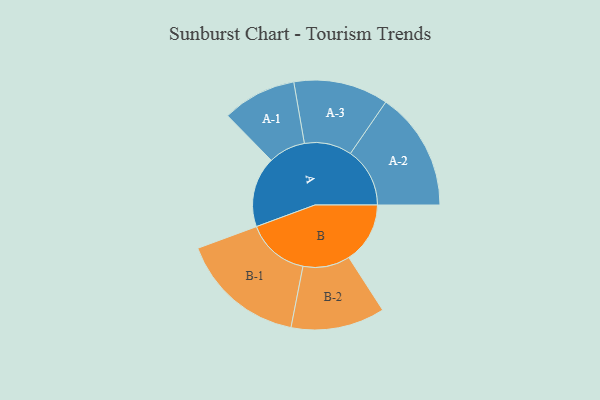
{"axis": {"x": "Segment", "y": "Value"}, "legend": ["", "A", "B"], "data": [{"x": "A", "y": 312, "type": ""}, {"x": "B", "y": 271, "type": ""}, {"x": "A-1", "y": 164, "type": "A"}, {"x": "A-2", "y": 263, "type": "A"}, {"x": "A-3", "y": 210, "type": "A"}, {"x": "B-1", "y": 278, "type": "B"}, {"x": "B-2", "y": 208, "type": "B"}]}